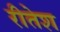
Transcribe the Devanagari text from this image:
रीतेश